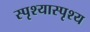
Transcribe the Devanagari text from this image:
स्पृश्‍यास्पृश्‍य